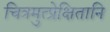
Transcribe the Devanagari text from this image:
चित्रमुत्प्रेक्षितानि